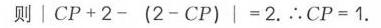
则\(\vert CP + 2-(2 - CP)\vert = 2.\therefore CP = 1.\)